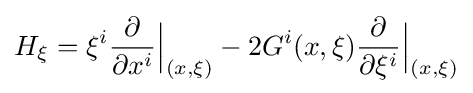
H_{\xi }=\xi ^{i}{\frac {\partial }{\partial x^{i}}}{\Big |}_{(x,\xi )}-2G^{i}(x,\xi ){\frac {\partial }{\partial \xi ^{i}}}{\Big |}_{(x,\xi )}